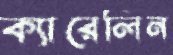
ক্যারেলিন